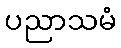
ပညာသမံ